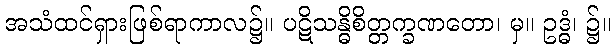
အသံထင်ရှားဖြစ်ရာကာလ၌။ ပဋိသန္ဓိစိတ္တက္ခဏတော၊ မှ။ ဥဒ္ဓံ၊ ၌။